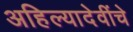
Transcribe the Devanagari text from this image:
अहिल्यादेवींचे